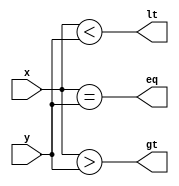
module cmp2b(
    input [1:0] x, y,
    output eq, lt, gt
);
    assign eq = x == y;
    assign lt = x < y;
    assign gt = x > y;
endmodule

module cmp2b_tb;
    reg [1:0] x, y;
    wire eq, lt, gt;
    
    cmp2b cut (
        .x(x), .y(y), .eq(eq), .lt(lt), .gt(gt)
    );

    integer k;
    initial begin
        $display("Time\tx\ty\teq\tlt\tgt");
        $monitor("%0t\t%b\t%b\t%b\t%b\t%b", $time, x, y, eq, lt, gt);
        for(k = 0; k < 16; k = k + 1) begin
            {x, y} = k;
            #10;
        end
    end
endmodule